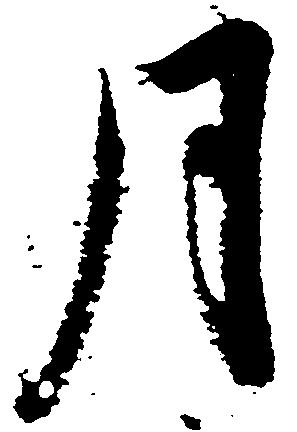
月